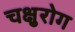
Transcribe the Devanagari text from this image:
चक्षुरोग